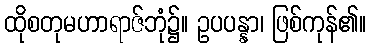
ထိုစတုမဟာရာဇ်ဘုံ၌။ ဥပပန္နာ၊ ဖြစ်ကုန်၏။